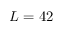
L = 4 2